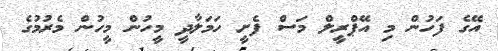
އޭގެ ފަހުން މި އޭޕްރީލް މަސް ފެށީ ހަމަލާދީ މީހުން މީހުން މެރުމުގެ